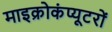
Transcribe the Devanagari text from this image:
माइक्रोकंप्यूटरों